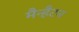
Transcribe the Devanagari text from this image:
मैन्हैटन